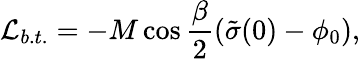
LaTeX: {\cal L}_{b.t.}=-M\cos\frac{\beta}{2}\left(\tilde{\sigma}(0)-\phi_{0}\right),